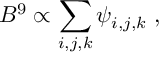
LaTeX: B ^ { 9 } \propto \sum _ { i , j , k } \psi _ { i , j , k } \; ,